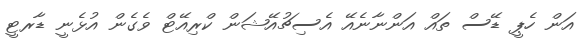
އަން ހެޕީ ޑޭސް ތައް އަންނާނެއޭ އެސިޗުއޭޝަން ކްރިއޭޓް ވެގެން އުޅެނީ ޑާރޓީ